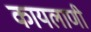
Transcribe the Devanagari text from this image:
कायलाणी